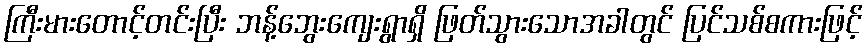
ကြီးမားတောင့်တင်းပြီး ဘန့်ဘွေးကျေးရွာရှိ ဖြတ်သွားသောအခါတွင် ပြင်သစ်စကားဖြင့်